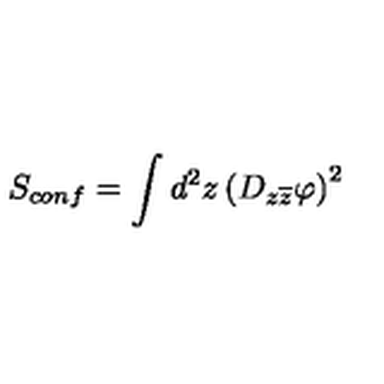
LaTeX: S _ { c o n f } = \int d ^ { 2 } z \left( D _ { z \overline { { z } } } \varphi \right) ^ { 2 }